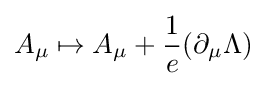
A_{\mu }\mapsto A_{\mu }+{1 \over e}(\partial _{\mu }\Lambda )